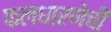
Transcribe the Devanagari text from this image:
फलधारणेची